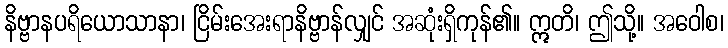
နိဗ္ဗာနပရိယောသာနာ၊ ငြိမ်းအေးရာနိဗ္ဗာန်လျှင် အဆုံးရှိကုန်၏။ ဣတိ၊ ဤသို့။ အဝေါစ၊